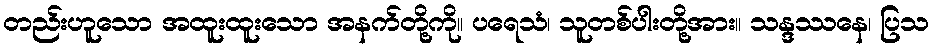
တည်းဟူသော အထူးထူးသော အနက်တို့ကို။ ပရေသံ၊ သူတစ်ပါးတို့အား။ သန္ဒဿနေ၊ ပြသ